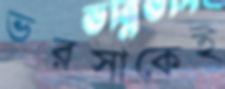
ভরসাকেই